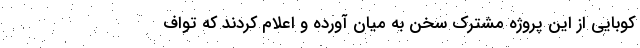
کوبایی از این پروژه مشترک سخن به میان آورده و اعلام کردند که تواف